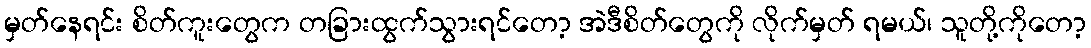
မှတ်နေရင်း စိတ်ကူးတွေက တခြားထွက်သွားရင်တော့ အဲဒီစိတ်တွေကို လိုက်မှတ် ရမယ်၊ သူတို့ကိုတော့